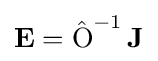
\mathbf {E} =\operatorname {\hat {O}} ^{-1}\mathbf {J}